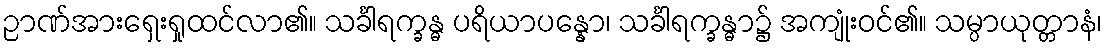
ဉာဏ်အားရှေးရှုထင်လာ၏။ သင်္ခါရက္ခန္ဓ ပရိယာပန္နော၊ သင်္ခါရက္ခန္ဓာ၌ အကျုံးဝင်၏။ သမ္ပာယုတ္တာနံ၊